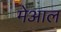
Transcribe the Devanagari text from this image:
मेआल